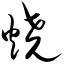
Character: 烧